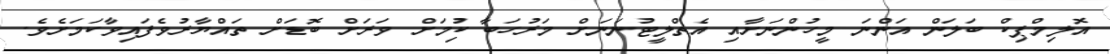
އޮލިމްޕިކް ބަލަން އަންނަ މީހުންނަށާއި އެތްލީޓުނަނަށް މަރުހަބާ ކުިމަށް ވަރަށް ބޮޑަށް ތައްޔާރުވެފައިވާކަމަށެވެ.